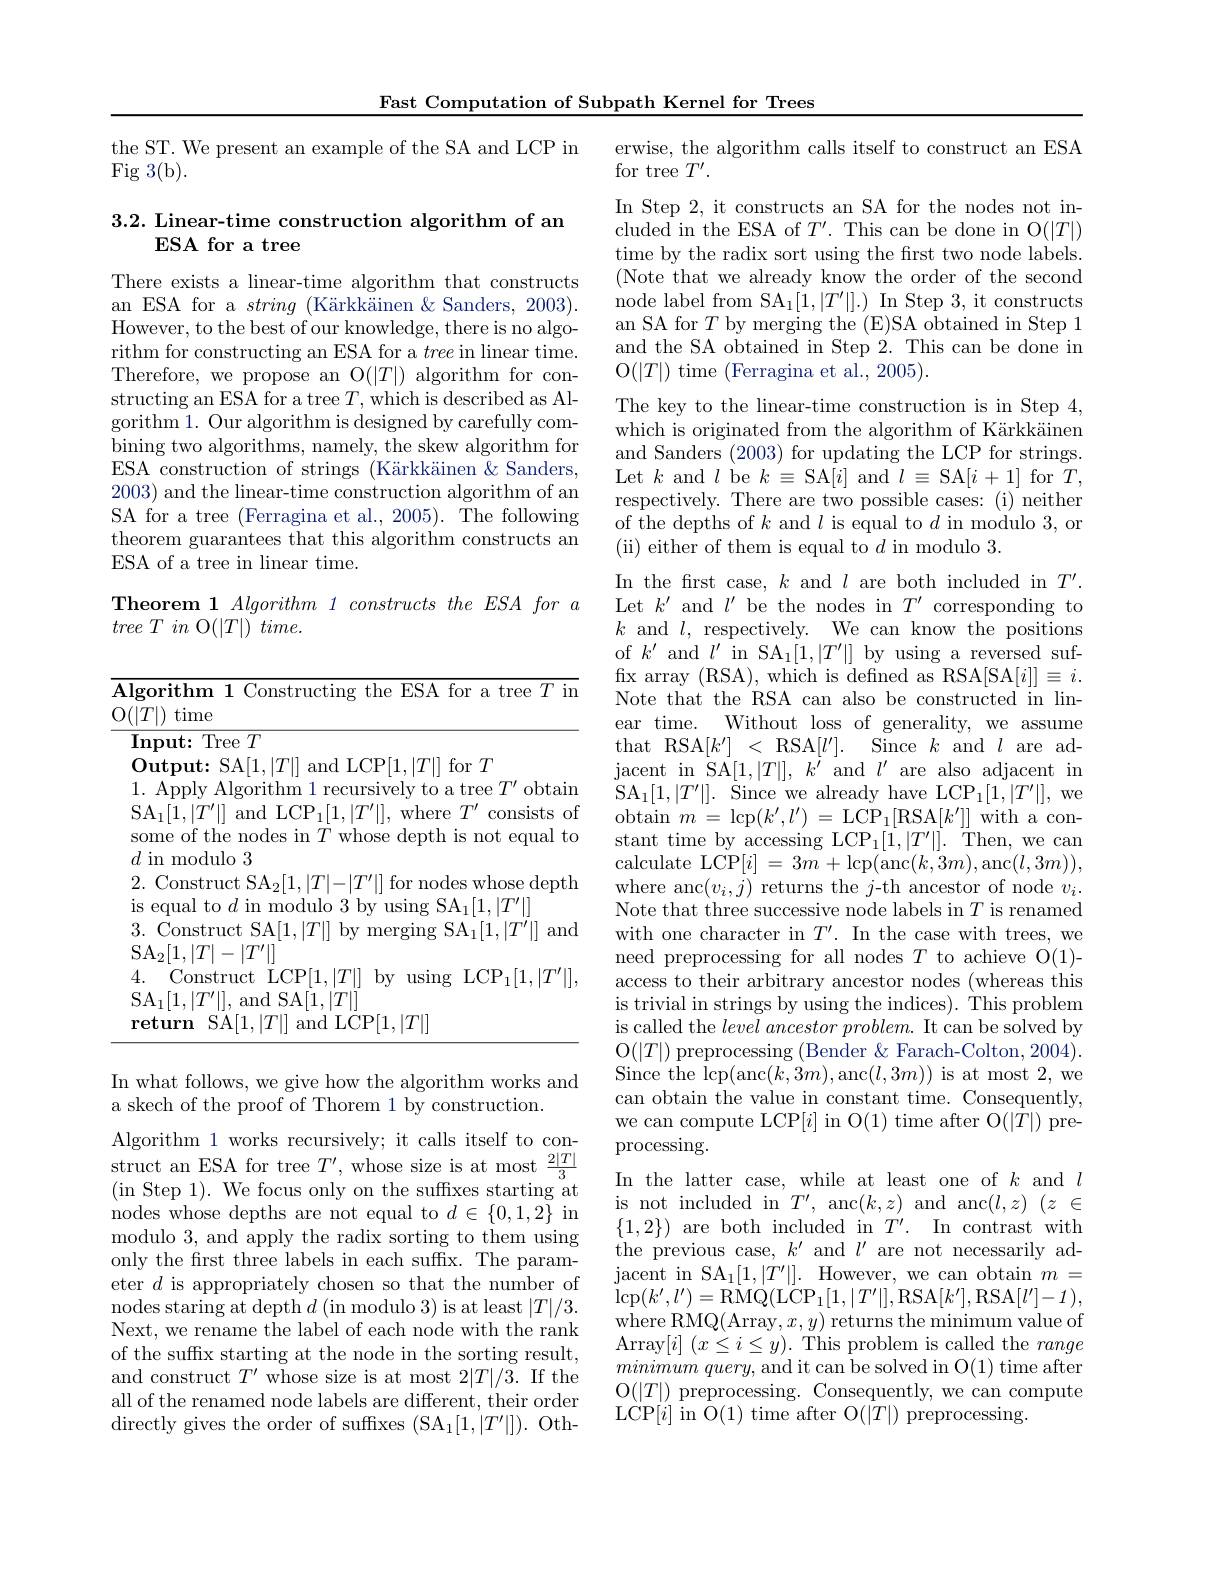
Fast Computation of Subpath Kernel for Trees

the ST. We present an example of the SA and LCP in
Fig 3(b).

### 3.2. Linear-time construction algorithm of an ESA for a tree

There exists a linear-time algorithm that constructs an ESA for a string (Kärkkäinen &Sanders, 2003). However, to the best of our knowledge, there is no algorithm for constructing an ESA for a tree in linear time. Therefore, we propose an O$(|T|)$ algorithm for constructing an ESA for a tree$T$,which is described as Algorithm 1. Our algorithm is designed by carefully combining two algorithms, namely, the skew algorithm for ESA construction of strings (Kärkkäinen & Sanders, 2003) and the linear-time construction algorithm of an SA for a tree (Ferragina et al., 2005). The following theorem guarantees that this algorithm constructs an ESA of a tree in linear time.

Theorem 1 Algorithm 1 constructs the ESA for a
tree $T$ $in$ O$( | T| )$ $time.$

In what follows, we give how the algorithm works and
a skech of the proof of Thorem 1 by construction.

Algorithm 1 works recursively; it calls itself to construct an ESA for tree $T^{\prime}$, whose size is at most $\frac{2|T|}{3}$ (in Step 1). We focus only on the suffxes starting at nodes whose depths are not equal to $d\in\{0,1,2\}$ in modulo 3, and apply the radix sorting to them using only the first three labels in each suffix. The parameter $d$ is appropriately chosen so that the number of nodes staring at depth $d$ (in modulo 3) is at least $|T|/3.$ Next, we rename the label of each node with the rank of the suffx starting at the node in the sorting result, and construct $T^\prime$ whose size is at most 2$|T|/3.$ If the all of the renamed node labels are different, their order directly gives the order of suffixes $(\mathrm{SA}_1[1,|T^{\prime}|]).$ Oth-

erwise, the algorithm calls itself to construct an ESA
for tree $T^\prime.$
In Step 2, it constructs an SA for the nodes not included in the ESA of $T^\prime.$ This can be done in O$(|T|)$ time by the radix sort using the frst two node labels. (Note that we already know the order of the second node label from SA$_1[1,|T^{\prime}|].)$ In Step 3, it constructs an SA for $T$ by merging the (E)SA obtained in Step 1 and the SA obtained in Step 2. This can be done in O$(|T|)$ time (Ferragina et al., 2005).
The key to the linear-time construction is in Step 4, which is originated from the algorithm of Kärkkäinen and Sanders (2003) for updating the LCP for strings. Let $k$ and $l$ be $k\equiv$SA$[i]$ and $l\equiv$SA$[i+1]$ for $T$, respectively. There are two possible cases: (i) neither of the depths of $k$ and $l$ is equal to $d$ in modulo 3, or (ii) either of them is equal to $d$ in modulo 3.
In the first case, $k$ and $l$ are both included in $T^\prime.$ Let $k^\prime$ and $l^\prime$ be the nodes in $T^\prime$ corresponding to $k$ and $l$, respectively. We can know the positions of $k^{\prime}$ and $l^\prime$ in SA$_1[1,|T^{\prime}|]$ by using a reversed suffix array (RSA), which is defined as RSA[SA[i]] $\equiv i.$ Note that the RSA can also be constructed in linear time. Without loss of generality, we assume that RSA$[k^{\prime}]$ < RSA$[ l^{\prime }] .$ Since $k$ and $l$ are ad- $\begin{array}{cc}\mathrm{jacent~in~SA}[1,|T|],&k^{\prime}\mathrm{~and~}l^{\prime}\mathrm{~are~also~adjacent~in}\\\end{array}$ $\mathrm{SA}_{1}[ 1, | T^{\prime }| ] .$ $\mathrm{Since~we~already~have~LCP}_{1}[ 1, | T^{\prime }| ] $,we $\operatorname{obtain}m=\operatorname{lcp}(k^{\prime},l^{\prime})=\operatorname{LCP}_{1}[\operatorname{RSA}[k^{\prime}]]$with a constant time by accessing LCP$_1[1,|T^{\prime}|].$ Then, we can calculate LCP$[i]=3m+$lcp(anc$(k,3m)$,anc$(l,3m))$, where anc$(v_{i},j)$ returns the $j$-th ancestor of node $v_{i}.$ Note that three successive node labels in $T$ is renamed with one character in $T^\prime.$ In the case with trees, we need preprocessing for all nodes $T$ to achieve O(1)- access to their arbitrary ancestor nodes (whereas this is trivial in strings by using the indices). This problem is called the $level\textit{ancestor problem. It can be solved by}$ O$(|T|)$ preprocessing (Bender &Farach-Colton, 2004). Since the $\operatorname{lcp}($anc$(k,3m)$,anc$(l,3m))$ is at most 2, we can obtain the value in constant time. Consequently, we can compute LCP$[i]$ in O(1) time after O$(|T|)$ preprocessing.
In the latter case, while at least one of $k$ and $l$ is not included in $T^\prime$, anc$(k,z)$ and anc$(l,z)$ $(z\in$ $\{1,2\})$ are both included in $T^\prime .$ In contrast with the previous case, $k^\prime$ and $l^{\prime}$ are not necessarily ad- $\dot{\text{jacent in SA}}_1[1,|T^{\prime}|].$However, we can obtain $m=$ $\operatorname*{lcp}(k^{\prime},l^{\prime})=\operatorname*{RiMQ}(\operatorname*{LCP}_{1}[1,|T^{\prime}|],\operatorname*{RSA}[k^{\prime}],\operatorname*{RSA}[l^{\prime}]-1)$, where RMQ(Array$,x,y)$ returns the minimum value of $\operatorname{Array}[i]~(x\leq i\leq y).~\operatorname{This~problem~is~called~the~}range$ $minimum\textit{ query, and it can be solved in O( 1) time after}$ O$( | T| )$ preprocessing. Consequently, we can compute LCP[ i] in O( 1) time after O( | T| ) preprocessing.